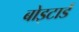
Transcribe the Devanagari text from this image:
बोइटार्ड